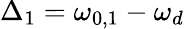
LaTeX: \Delta_{1}=\omega_{0,1}-\omega_{d}